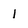
Character: 1